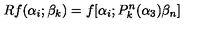
R f ( \alpha _ { i } ; \beta _ { k } ) = f [ \alpha _ { i } ; P _ { k } ^ { n } ( \alpha _ { 3 } ) \beta _ { n } ]